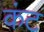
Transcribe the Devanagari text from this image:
कंट